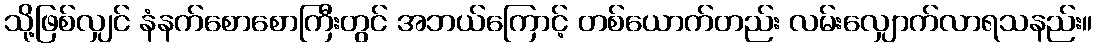
သို့ဖြစ်လျှင် နံနက်စောစောကြီးတွင် အဘယ်ကြောင့် တစ်ယောက်တည်း လမ်းလျှောက်လာရသနည်း။